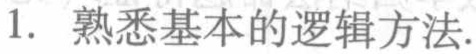
1. 熟悉基本的逻辑方法.